Report of the Municipal Commissioner on the plague in Bombay for the year ending 31st May... - Volume 2
Disease focus: Plague
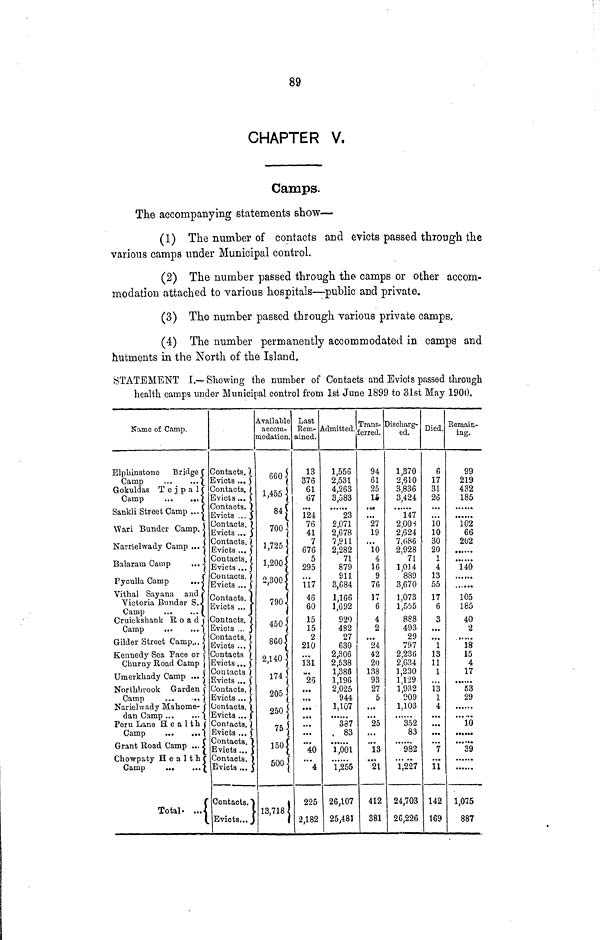
CHAPTER V.
Camps.
The accompanying statements show—
(1) The number of contacts and evicts passed through the
various camps under Municipal control.
(2) The number passed through the camps or other accom-
modation attached to various hospitals—public and private.
(3) The number passed through various private camps.
(4) The number permanently accommodated in camps and
hutments in the North of the Island,
STATEMENT I,— Showing the number of Contacts and Evicts passed through
health camps under Municipal control from 1st June 1899 to 31st May 1900.
Name of Camp.
Elphinstone
Bridge
Camp
Gokuldas T e j p a 1
Camp
...
,.,|
Sankh Street Camp ...
Wari Bunder Camp.
Narrielwady Camp ... j
Balaram Gamp
...
Fyculla Camp
...
Vithal Sayana and
Victoria Bunder S.
Camp
Cruickshank Roadj
Camp
Gilder Street Camp...
Kennedy Sea Face or
Churny Road Camp
Umerkhady Camp ...
Northbrook Garden
Camp
...
Narielwndy Mahome-
dan Camp ...
...
Peru Lane H e a l th
Camp
Grant Road Camp ...
Chowpaty H e a 1 t h
Camp
Total
...
Contacts.
Evicts ... 3
Dontacts.
Evicts ...
Dontacts.
Evicts ... 3
Contacts.
Evicts ...
Contacts.
Evicts ...
Contacts.
Evicts ...
Contacts.
Evicts ...
Contacts.
Evicts ...
Contacts.
Evicts ...
Contacts.
Evicts ...
Contacts
Evicts..,
Contacts
Evicts ...
Contacts.
Evicts ...
Jontacts.
Evicts ...
Donfacta.
Evicts ...
contacts.
Evicts ...
Contacts.
Evicts ...
Contacts.
Evicts...
Available
accom-
modation.
660
1,455
84
700
1,725 ]
1,200
2,300
790
860
2,140 I
174
205
250
7 75
150
500
13,718
Last
Eem-
ained.
13
376
61
67
124
76
41
7
676
5
295
117
46
60
15
15
2
210
131
"25
40
4
225
2,182
Admitted.
1,556
2,531
4,263
3,583
23
2,071
2,678
7,911
2,282
71
879
911
3,684
1,166
1,692
920
482
27
630
2,306
2,538
1,386
1,196
2,025
944
1,107
337
83
1,001
1,255
26,107
25,481
Trans-
ferred.
94
61
25
15
...
27
19
10
4
16
9
76
17
6
4
2
24
42
20
138
93
27
5
...
25
...
13
21
412
381
Discharg-
ed
1,370
2,510
3,836
3,424
147
2,008
2,624
7,686
2,928
71
1,014
889
3,670
1,073
1,555
888
493
29
797
2,230
2,634
1,230
1,129
1,932
009
1,103
352
83
982
1,227
24,703
2G,226
Died.
6
17
31
26
• • •
10
10
30
20
1
4
13
55
17
6
3
13
11
1
13
1
4
...
...
7
11
142
169
Remain-
ing.
99
219
432
185
......
102
66
202
•• •
140
......
105
185
40
2
18
15
4
17
'53
29
10
39
1,075
887